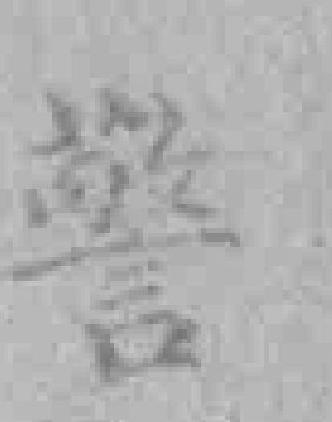
警